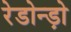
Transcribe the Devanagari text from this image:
रेडोन्ड़ो